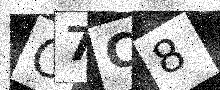
Text: O7C8